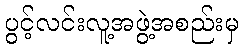
ပွင့်လင်းလူ့အဖွဲ့အစည်းမှ